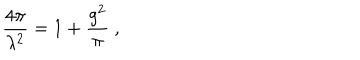
\frac { 4 \pi } { \lambda ^ { 2 } } = 1 + \frac { g ^ { 2 } } { \pi } \ ,